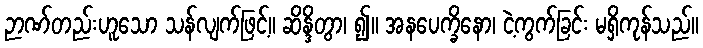
ဉာဏ်တည်းဟူသော သန်လျက်ဖြင့်။ ဆိန္ဒိတွာ၊ ၍။ အနပေက္ခိနော၊ ငဲ့ကွက်ခြင်း မရှိကုန်သည်။